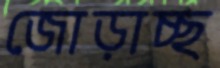
জোড়াচ্ছ